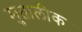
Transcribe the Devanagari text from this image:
मुतालीक